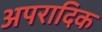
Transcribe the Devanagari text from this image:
अपरादिक